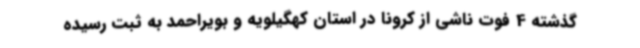
گذشته 4 فوت ناشی از کرونا در استان کهگیلویه و بویراحمد به ثبت رسیده